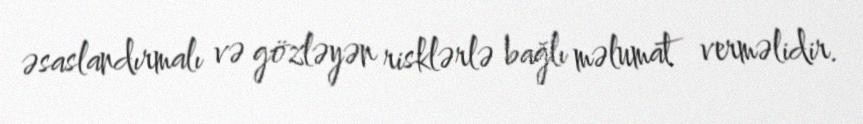
əsaslandırmalı və gözləyən risklərlə bağlı məlumat verməlidir.